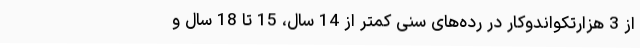
از 3 هزارتکواندوکار در رده‌های سنی کمتر از 14 سال، 15 تا 18 سال و